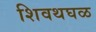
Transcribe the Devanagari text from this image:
शिवथघळ